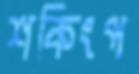
শকিংপ